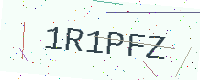
Text: 1R1PFZ